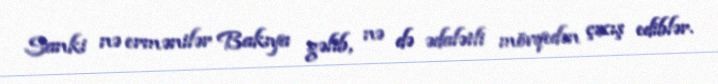
Sanki nə ermənilər Bakıya gəlib, nə də ədalətli mövqedən çıxış ediblər.